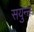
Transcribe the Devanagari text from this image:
सयुन्क्त